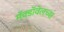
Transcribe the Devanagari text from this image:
मॅक्डॉवेलच्या